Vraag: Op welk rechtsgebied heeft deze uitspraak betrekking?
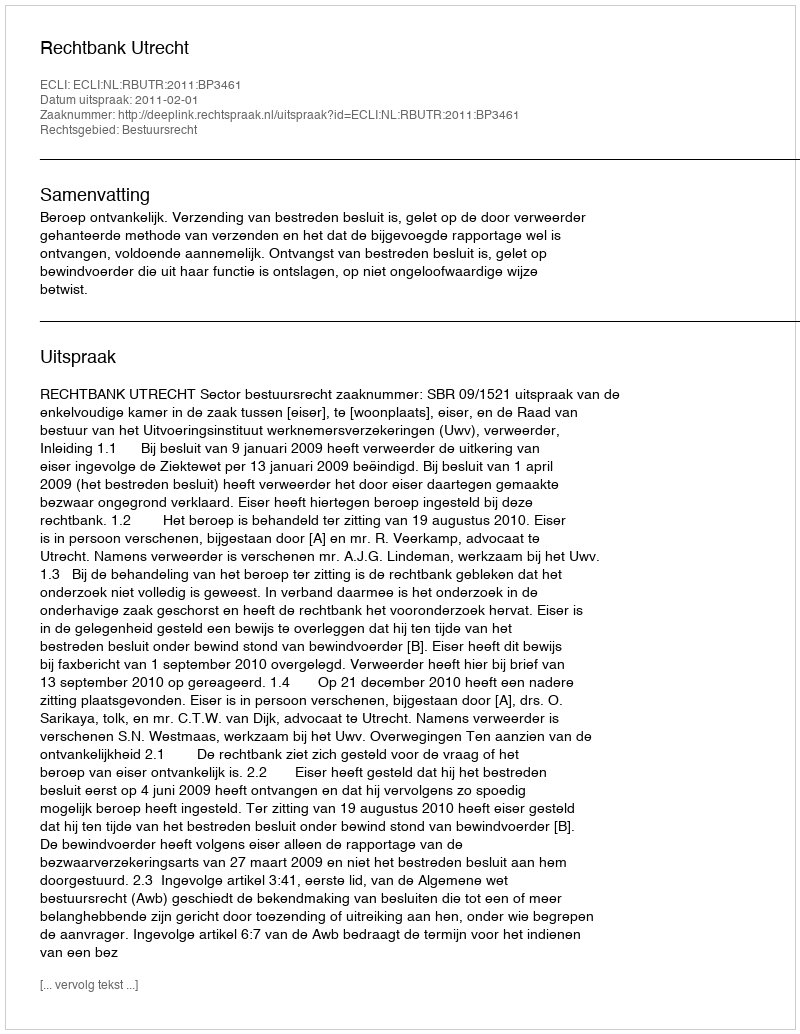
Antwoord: Bestuursrecht